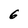
Character: 6